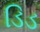
ડિડ